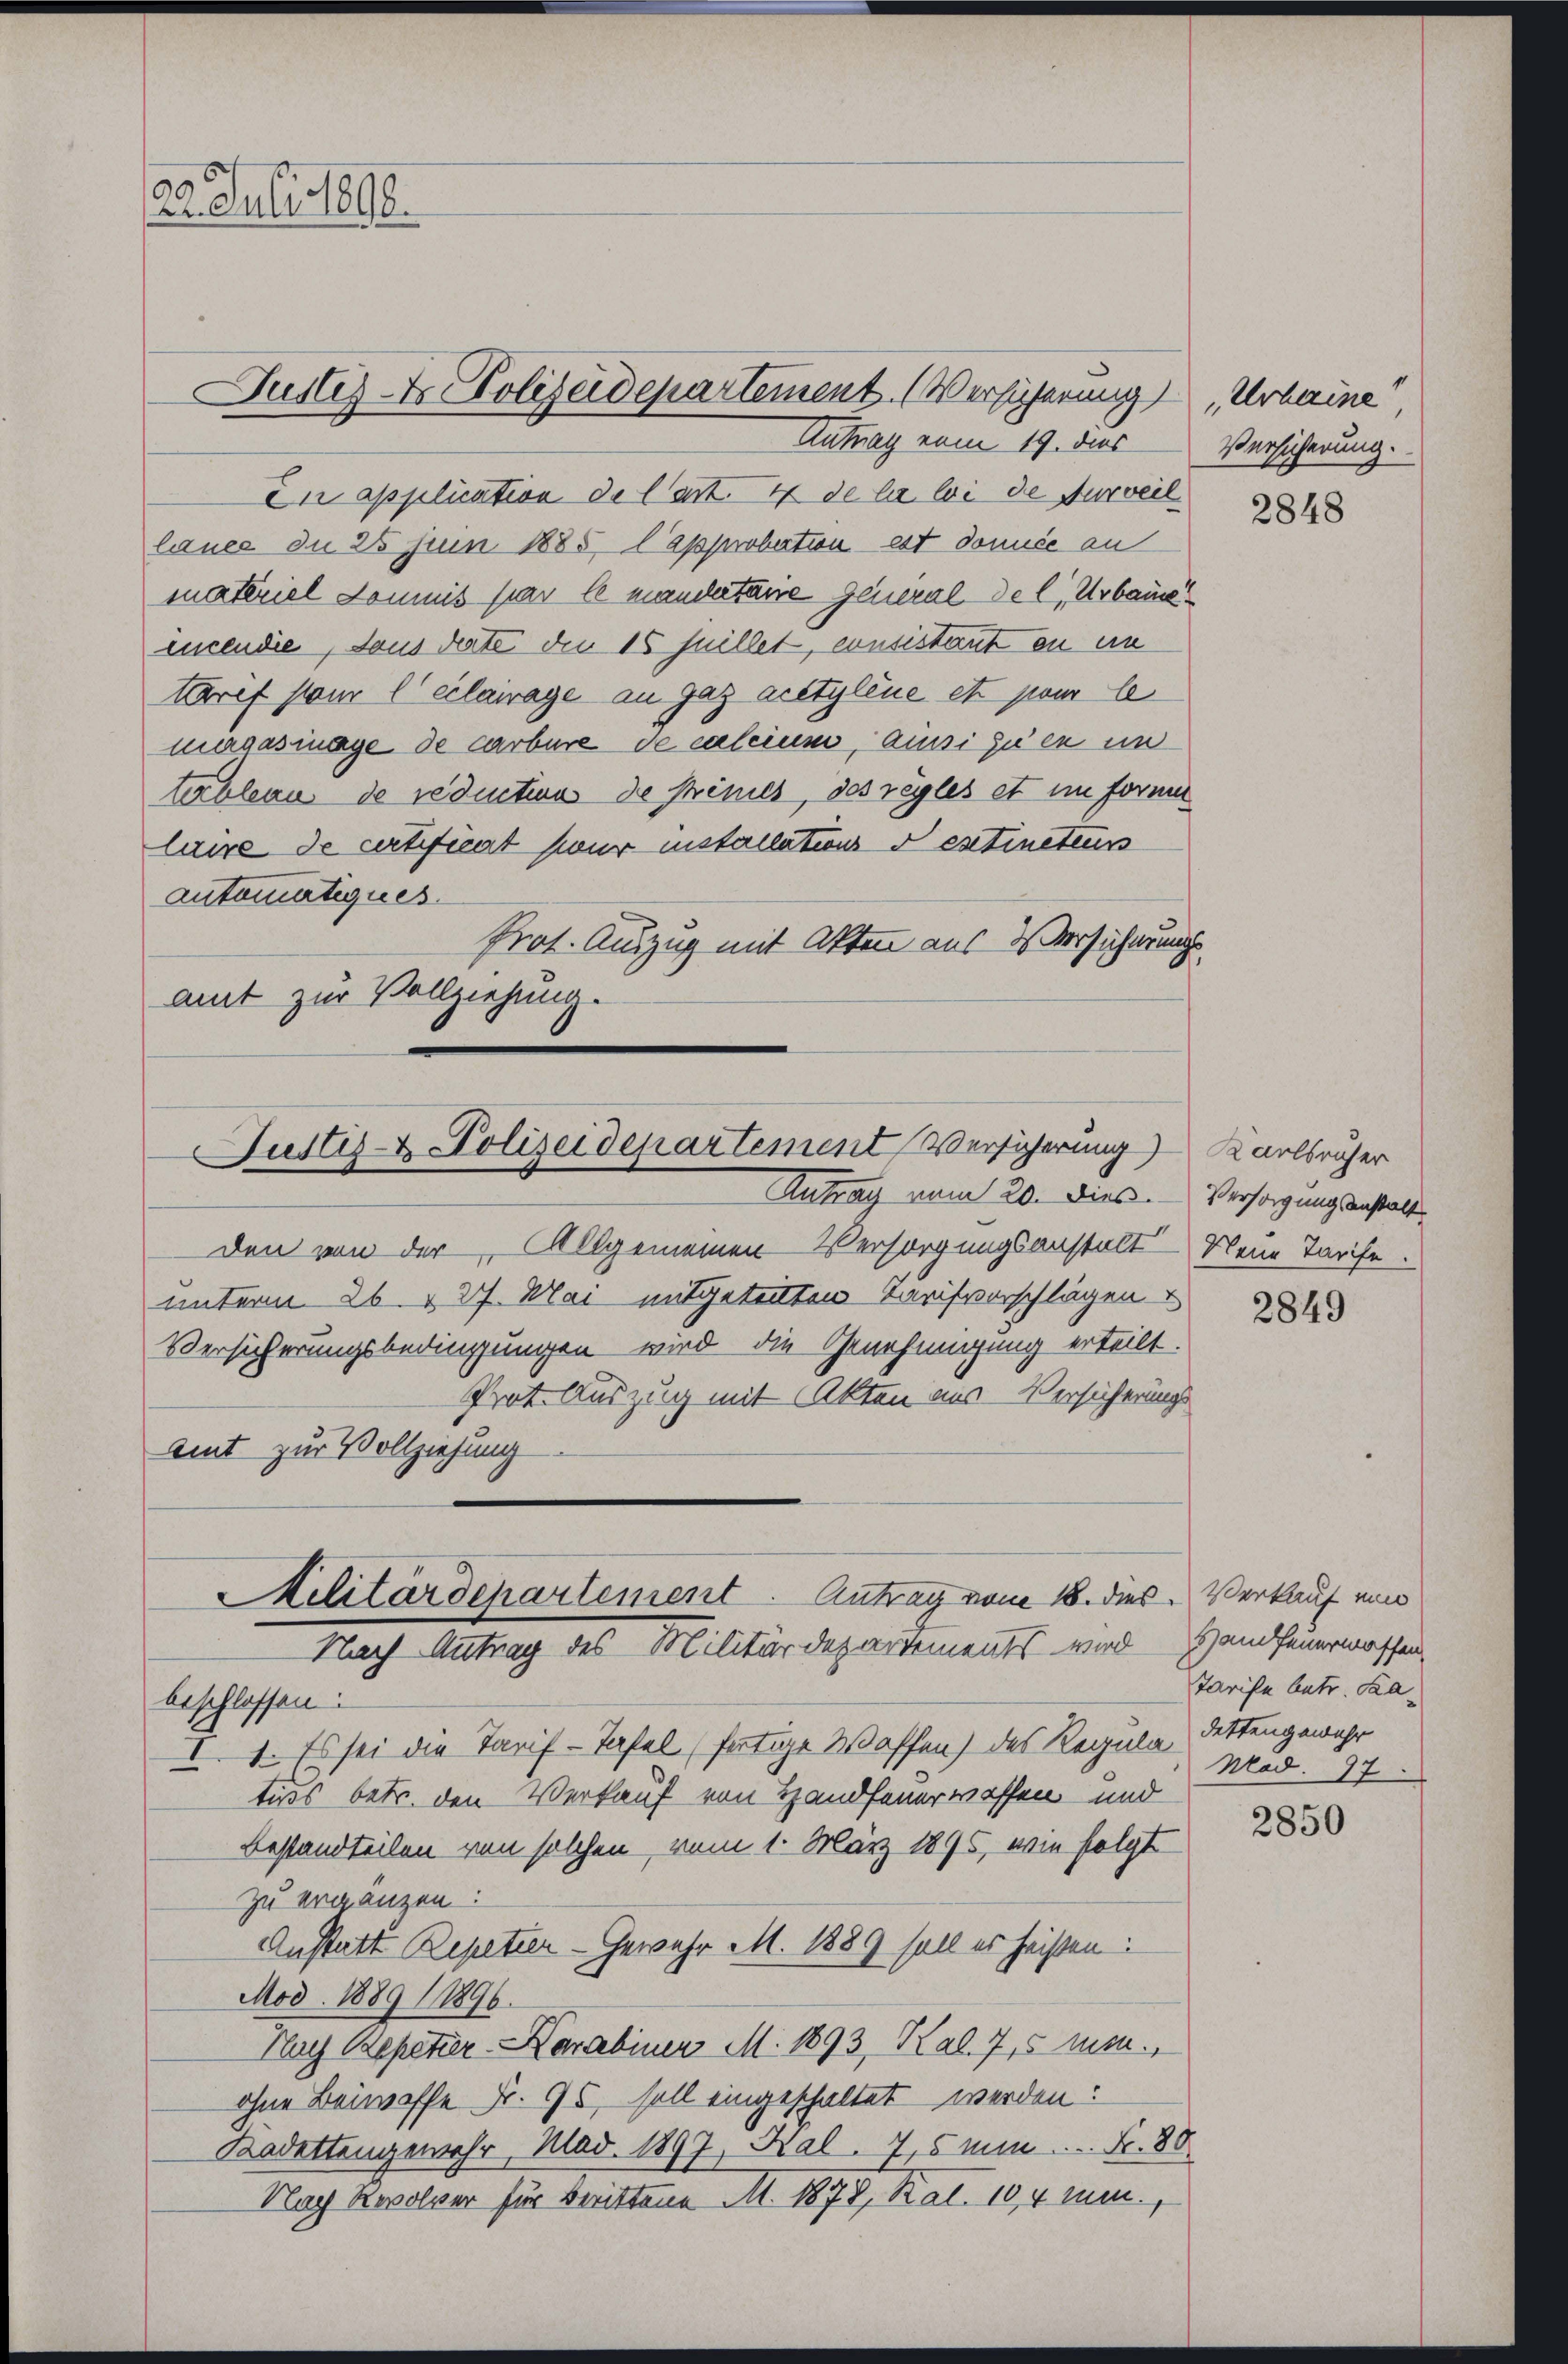
22. Juli 1892.

Antrag vom 19. dies
In application de l’art. 4 de la loi de surveil
lance du 28 Juin 1885, l’approbation est donnée an
materiel Domnis par le mandertare General de l, Urbaus
incende, dans date die 16 Juillet, consistant an ein
ttarif pour leilairage an gaz acetylène et pour le
magasmage de carbure de calcium, aussi zu en ein
tableau de reductions de Crêmes, des règles et im former
laire de certificat sieur installation extinctens
automatiques.
Prot. Auszug mit Akten aus Versicherungsamt zur Vollziehung.

Justiz- & Polizeidepartement. (Versicherung

Justiz- & Polizeidepartement Versicherung)
Autrag vom 20. dies

Militärdepartement. Antrag vom 18. dies Verkauf ein
Nach Antrag des Militärdepartements wird
beschlossen:
I.1. Es sei die Tarif-Tafel (fortige Waffen) des Regula dettengewahr

den von der Allgemeinen Versorgungsanstalt
unterm 26. & 27. Mai mitgeteilten Verifvorschlägen
Versicherungsbedingungen wird die Genehmigung erteilt.
Prot. Auszug mit Akten aus-Versicherungs
Amt zur Vollziehung

tuos betr. den Verkauf von Handfeuerwaffen und
Bestandteilen von solchen, vom 1. März 1895, wie folgt
zu ergänzen:
Anstatt Repetier - Gewehr M. 1889 soll es heißen:
Mod. 1889 (1896.
Flach Repetier Karabiner M. 1893, Kal. 7,5 Muse.
ohne Beiwoffe Fr. 95, soll eingeschaltet werden:
Kadettengemehr, Mad. 1897, Kal. 7,5 min. .. Fr. 80
Nach Revolver für Berittene M. 1878, Rat. 104 mum,

Urbaine
Versicherung.

2848

Karlsruher
Versorgungsanstalt.
Neue Tarife.

2849

Handfeuerwaffen.
Tarife betr. Ka¬
Mad. 97

2850